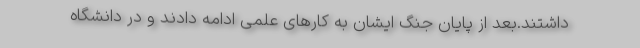
داشتند.بعد از پایان جنگ ایشان به کارهای علمی ادامه دادند و در دانشگاه